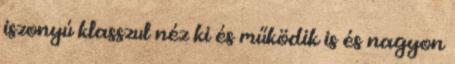
iszonyú klasszul néz ki és működik is és nagyon